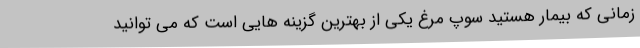
زمانی که بیمار هستید سوپ مرغ یکی از بهترین گزینه هایی است که می توانید